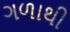
ગળાથી